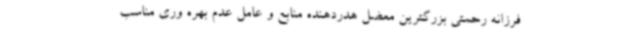
فرزانه رحمتی بزرگترین معضل هدردهنده منابع و عامل عدم بهره وری مناسب